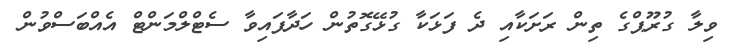
ވިލާ ގުރޫޕްގެ ތިން ރަށަކާއި ދެ ފަޅަކާ ގުޅޭގޮތުން ހަދާފައިވާ ސެޓްލްމަންޓް އެއްބަސްވުން